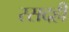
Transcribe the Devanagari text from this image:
रसदही